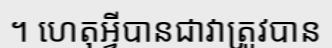
។ ហេតុអ្វីបានជាវាត្រូវបាន